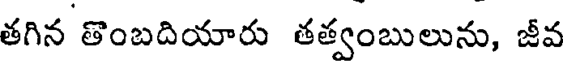
తగిన తొంబదియారు తత్వంబులును, జీవ